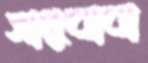
সাধুবাবা